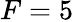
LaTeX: F=5